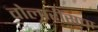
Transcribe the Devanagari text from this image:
वोलारीसचा